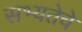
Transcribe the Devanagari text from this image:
सभ्यतेचे